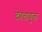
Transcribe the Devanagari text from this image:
देवतायुक्त